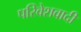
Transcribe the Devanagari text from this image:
परिवेशवादी